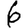
Digit: 6